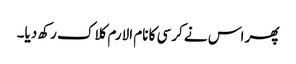
پھر اس نے کرسی کا نام الارم کلاک رکھ دیا۔